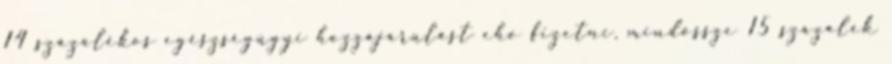
14 százalékos egészségügyi hozzájárulást eho fizetni, mindössze 15 százalék